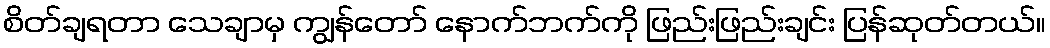
စိတ်ချရတာ သေချာမှ ကျွန်တော် နောက်ဘက်ကို ဖြည်းဖြည်းချင်း ပြန်ဆုတ်တယ်။